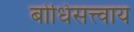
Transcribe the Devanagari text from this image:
बोधिसत्त्वाय